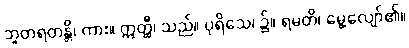
ဘူတရတန္တိ၊ ကား။ ဣတ္ထီ၊ သည်။ ပုရိသေ၊ ၌။ ရမတိ၊ မွေ့လျော်၏။